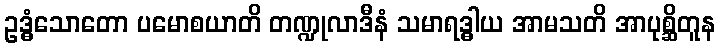
ဥဒ္ဓံသောတော ပမောစယာတိ တဏ္ဍုလာဒီနံ သမာရဒ္ဓါယ အာမသတိ အာပုစ္ဆိတူန